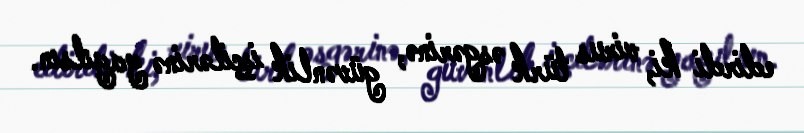
edirdi ki, virus türk əsgərinə, güvənlik işçilərinə yayılsın.